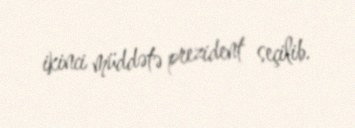
ikinci müddətə prezident seçilib.